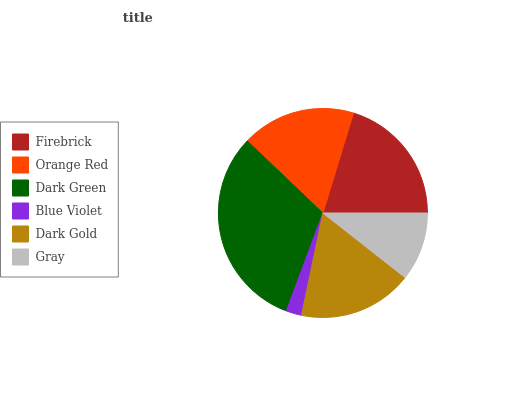
| Firebrick | Orange Red | Dark Green | Blue Violet | Dark Gold | Gray |
 | --- | --- | --- | --- | --- | --- |
 | 20.2% | 17.7% | 31.5% | 2.4% | 17.7% | 10.6% |